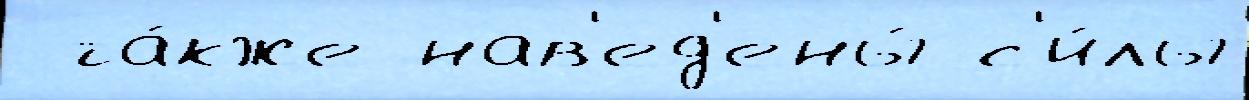
 та́кже нав'ед'ены́ с'и́лы